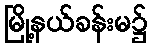
မြို့နယ်ခန်းမ၌